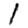
Digit: 1